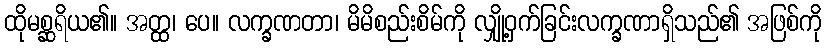
ထိုမစ္ဆရိယ၏။ အတ္ထ၊ ပေ။ လက္ခဏတာ၊ မိမိစည်းစိမ်ကို လျှို့ဝှက်ခြင်းလက္ခဏာရှိသည်၏ အဖြစ်ကို